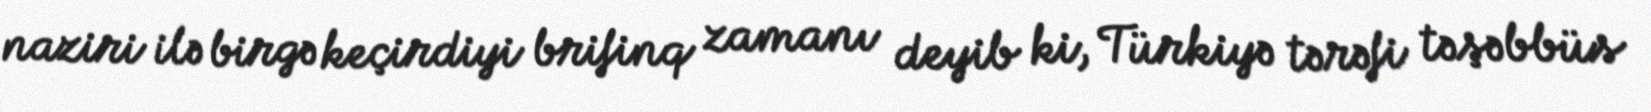
naziri ilə birgə keçirdiyi brifinq zamanı deyib ki, Türkiyə tərəfi təşəbbüs